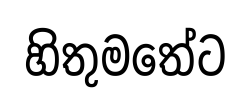
හිතුමතේට